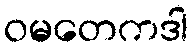
ဝမတေကဒါ